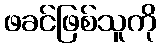
ဖခင်ဖြစ်သူကို